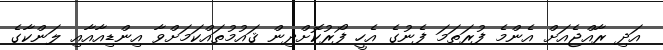
އަދި ރާއްޖެއަށް އެންމެ ފުރަތަމަ ފެނުގެ އެހީ ފޯރުކޮށްދިން ޤައުމުތައްކަމަށްވާ އިންޑިއާއާއި ލަންކާގެ